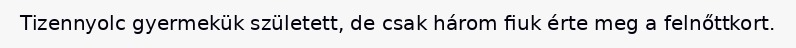
Tizennyolc gyermekük született, de csak három fiuk érte meg a felnőttkort.